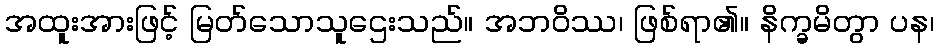
အထူးအားဖြင့် မြတ်သောသူဌေးသည်။ အဘဝိဿ၊ ဖြစ်ရာ၏။ နိက္ခမိတွာ ပန၊